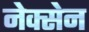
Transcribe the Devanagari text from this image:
नेक्सेन